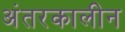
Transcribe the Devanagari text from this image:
अंतरकालीन